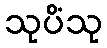
သုပိံသု